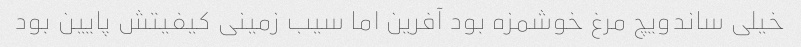
خیلی ساندویچ مرغ خوشمزه بود آفرین اما سیب زمینی کیفیتش پایین بود